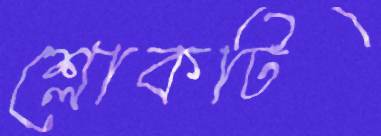
শ্লোকটি